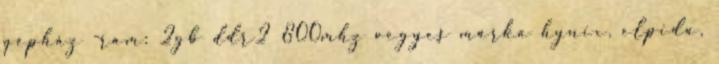
gépház -ram: 2gb ddr2 800mhz vegyes márka hynix, elpida,